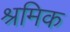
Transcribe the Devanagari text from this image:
श्रमिक